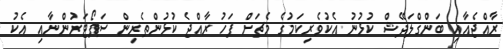
ރާއްޖެއާއި ބަންގްލަދޭޝް ކުޅުނު އެކުވެރިކަމުގެ މެޗަށް ފަހު ރާއްޖެ ކުޅުންތެރިން ސަޕޯޓަރުންނާއި އެކު